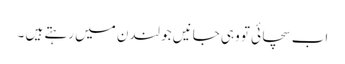
اب سچائی تو وہی جانیں جو لندن میں رہتے ہیں ۔